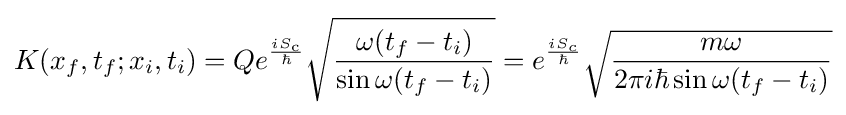
K(x_{f},t_{f};x_{i},t_{i})=Qe^{\frac {iS_{\text{c}}}{\hbar }}{\sqrt {\frac {\omega (t_{f}-t_{i})}{\sin \omega (t_{f}-t_{i})}}}=e^{\frac {iS_{c}}{\hbar }}{\sqrt {\frac {m\omega }{2\pi i\hbar \sin \omega (t_{f}-t_{i})}}}